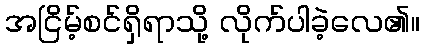
အငြိမ့်စင်ရှိရာသို့ လိုက်ပါခဲ့လေ၏။